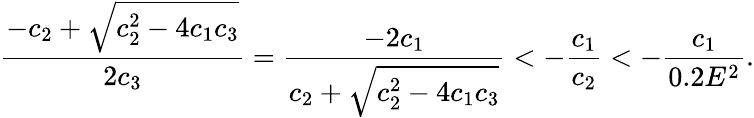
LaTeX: \frac{-c_{2}+\sqrt{c_{2}^{2}-4c_{1}c_{3}}}{2c_{3}}=\frac{-2c_{1}}{c_{2}+\sqrt{c_{2}^{2}-4c_{1}c_{3}}}<-\frac{c_{1}}{c_{2}}<-\frac{c_{1}}{0.2E^{2}}.